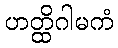
ဟတ္ထိဂါမကံ